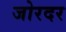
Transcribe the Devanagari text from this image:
जोरदर